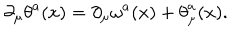
LaTeX: \partial _ { \mu } { \theta } ^ { a } ( x ) = \partial _ { \mu } { \omega } ^ { a } ( x ) + { \theta } _ { \mu } ^ { a } ( x ) .